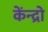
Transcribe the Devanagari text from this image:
केंन्द्रो